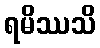
ရမိဿသိ